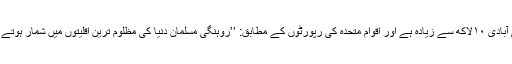
ان کی آبادی ۱۰لاکھ سے زیادہ ہے اور اقوام متحدہ کی رپورٹوں کے مطابق: ’’روہنگی مسلمان دنیا کی مظلوم ترین اقلیتوں میں شمار ہوتے ہیں‘‘۔